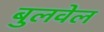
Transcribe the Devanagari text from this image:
बुलवेल